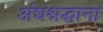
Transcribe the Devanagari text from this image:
अंधश्रद्धाना